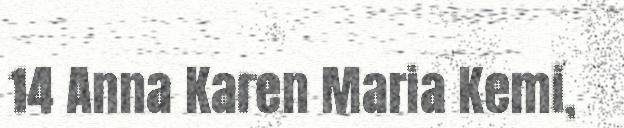
14 Anna Karen Maria Kemi,